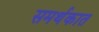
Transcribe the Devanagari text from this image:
समर्थकात